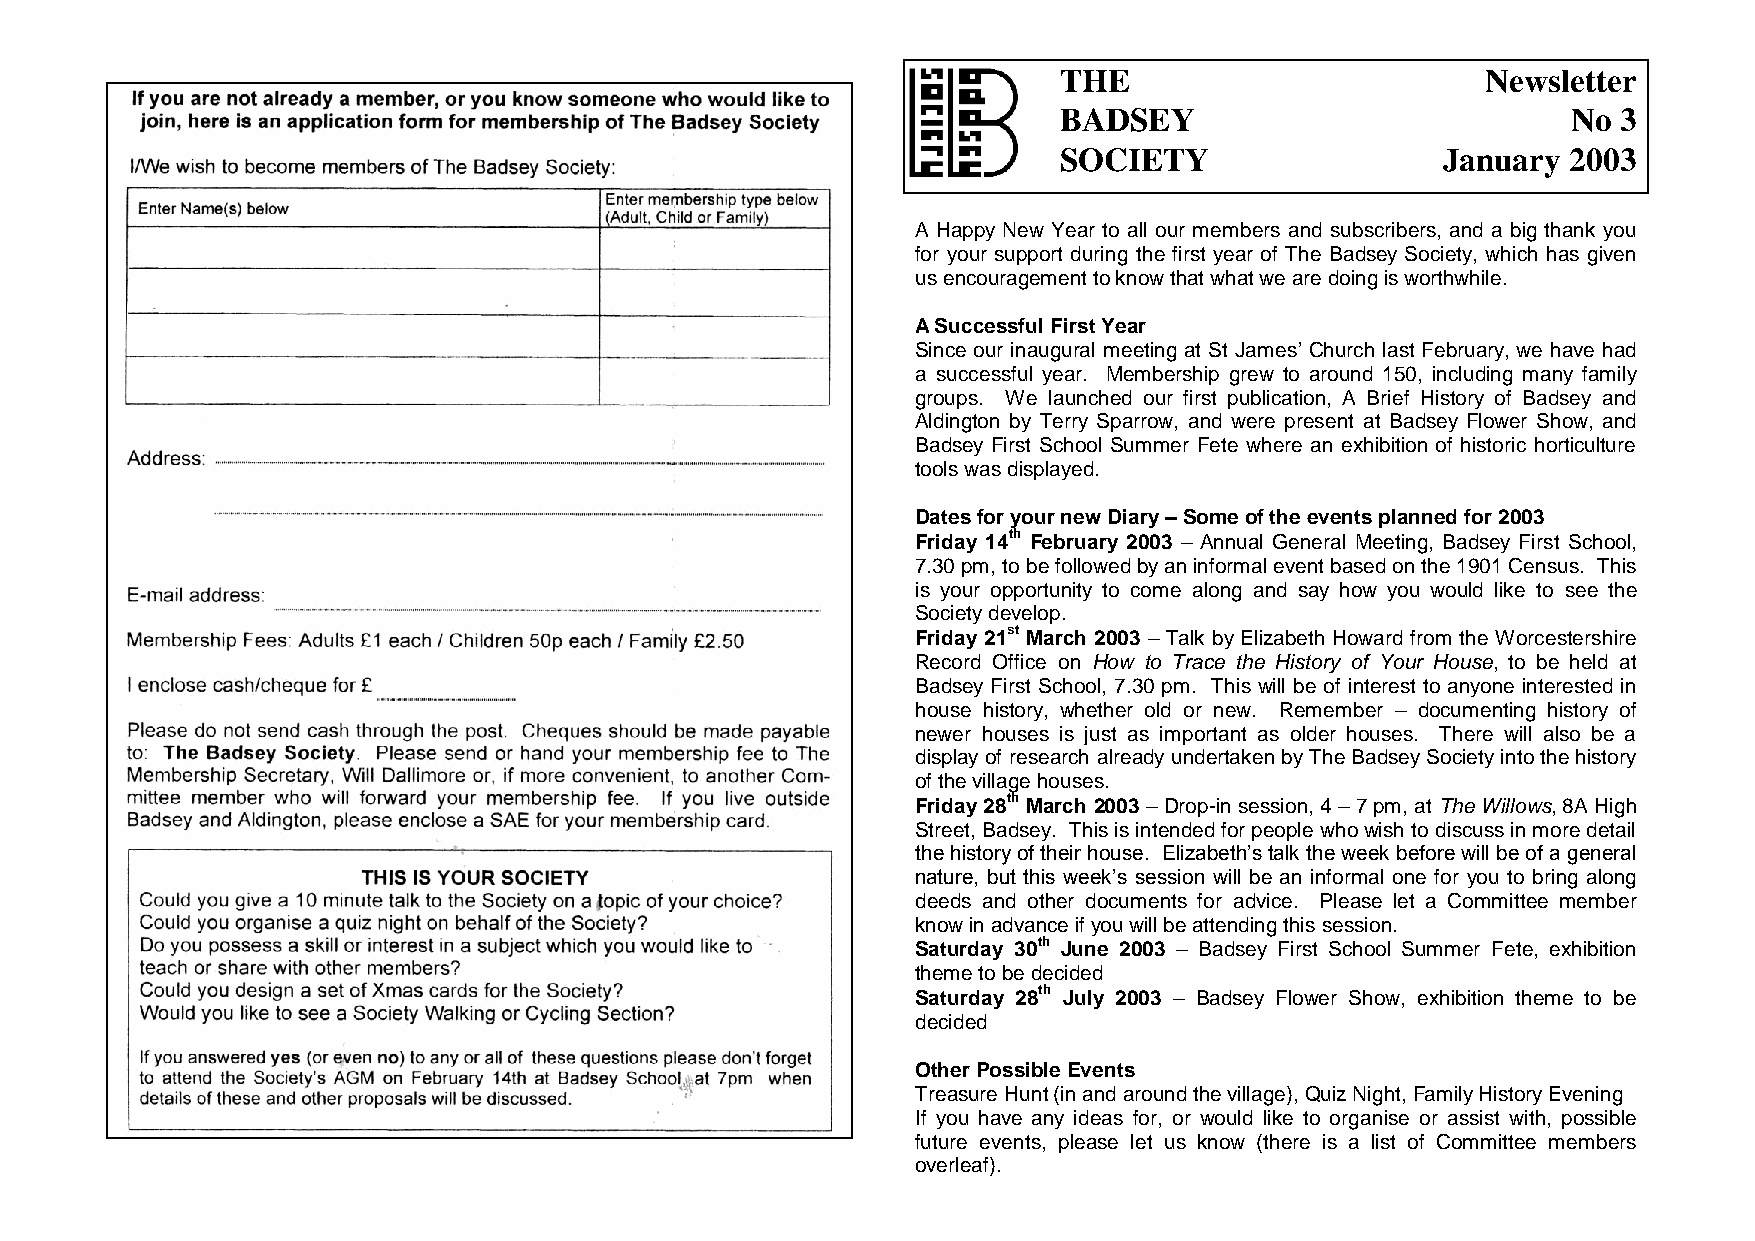
THE                         Newsletter
 BADSEY                            No 3
 SOCIETY                  January  2003
 A Happy New Year to all our members and subscribers, and a big thank you
 for your support during the first year of The Badsey Society, which has given
 us encouragement to know that what we are doing is worthwhile.
 A Successful First Year
 Since our inaugural meeting at St James’ Church last February, we have had
 a successful year. Membership grew to around 150, including many family
 groups. We launched our first publication, A Brief History of Badsey and
 Aldington by Terry Sparrow, and were present at Badsey Flower Show, and
 Badsey First School Summer Fete where an exhibition of historic horticulture
 tools was displayed.
 Dates for your new Diary – Some of the events planned for 2003
 Friday 14th February 2003 – Annual General Meeting, Badsey First School,
 7.30 pm, to be followed by an informal event based on the 1901 Census. This
 is your opportunity to come along and say how you would like to see the
 Society develop.
 Friday 21st March 2003 – Talk by Elizabeth Howard from the Worcestershire
 Record Office on How to Trace the History of Your House, to be held at
 Badsey First School, 7.30 pm. This will be of interest to anyone interested in
 house history, whether old or new. Remember – documenting history of
 newer houses is just as important as older houses. There will also be a
 display of research already undertaken by The Badsey Society into the history
 of the village houses.
 Friday 28th March 2003 – Drop-in session, 4 – 7 pm, at The Willows, 8A High
 Street, Badsey. This is intended for people who wish to discuss in more detail
 the history of their house. Elizabeth’s talk the week before will be of a general
 nature, but this week’s session will be an informal one for you to bring along
 deeds and other documents for advice. Please let a Committee member
 know in advance if you will be attending this session.
 Saturday 30th June 2003 – Badsey First School Summer Fete, exhibition
 theme to be decided
 Saturday 28th July 2003 – Badsey Flower Show, exhibition theme to be
 decided
 Other Possible Events
 Treasure Hunt (in and around the village), Quiz Night, Family History Evening
 If you have any ideas for, or would like to organise or assist with, possible
 future events, please let us know (there is a list of Committee members
 overleaf).